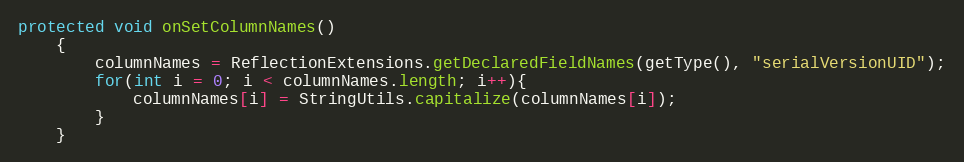
Language: Java
protected void onSetColumnNames()
	{
		columnNames = ReflectionExtensions.getDeclaredFieldNames(getType(), "serialVersionUID");
		for(int i = 0; i < columnNames.length; i++){
			columnNames[i] = StringUtils.capitalize(columnNames[i]);
		}
	}